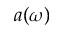
a ( \omega )